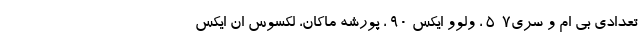
تعدادی بی ام و سری7-5 ، ولوو ایکس 90 ، پورشه ماکان، لکسوس ان ایکس